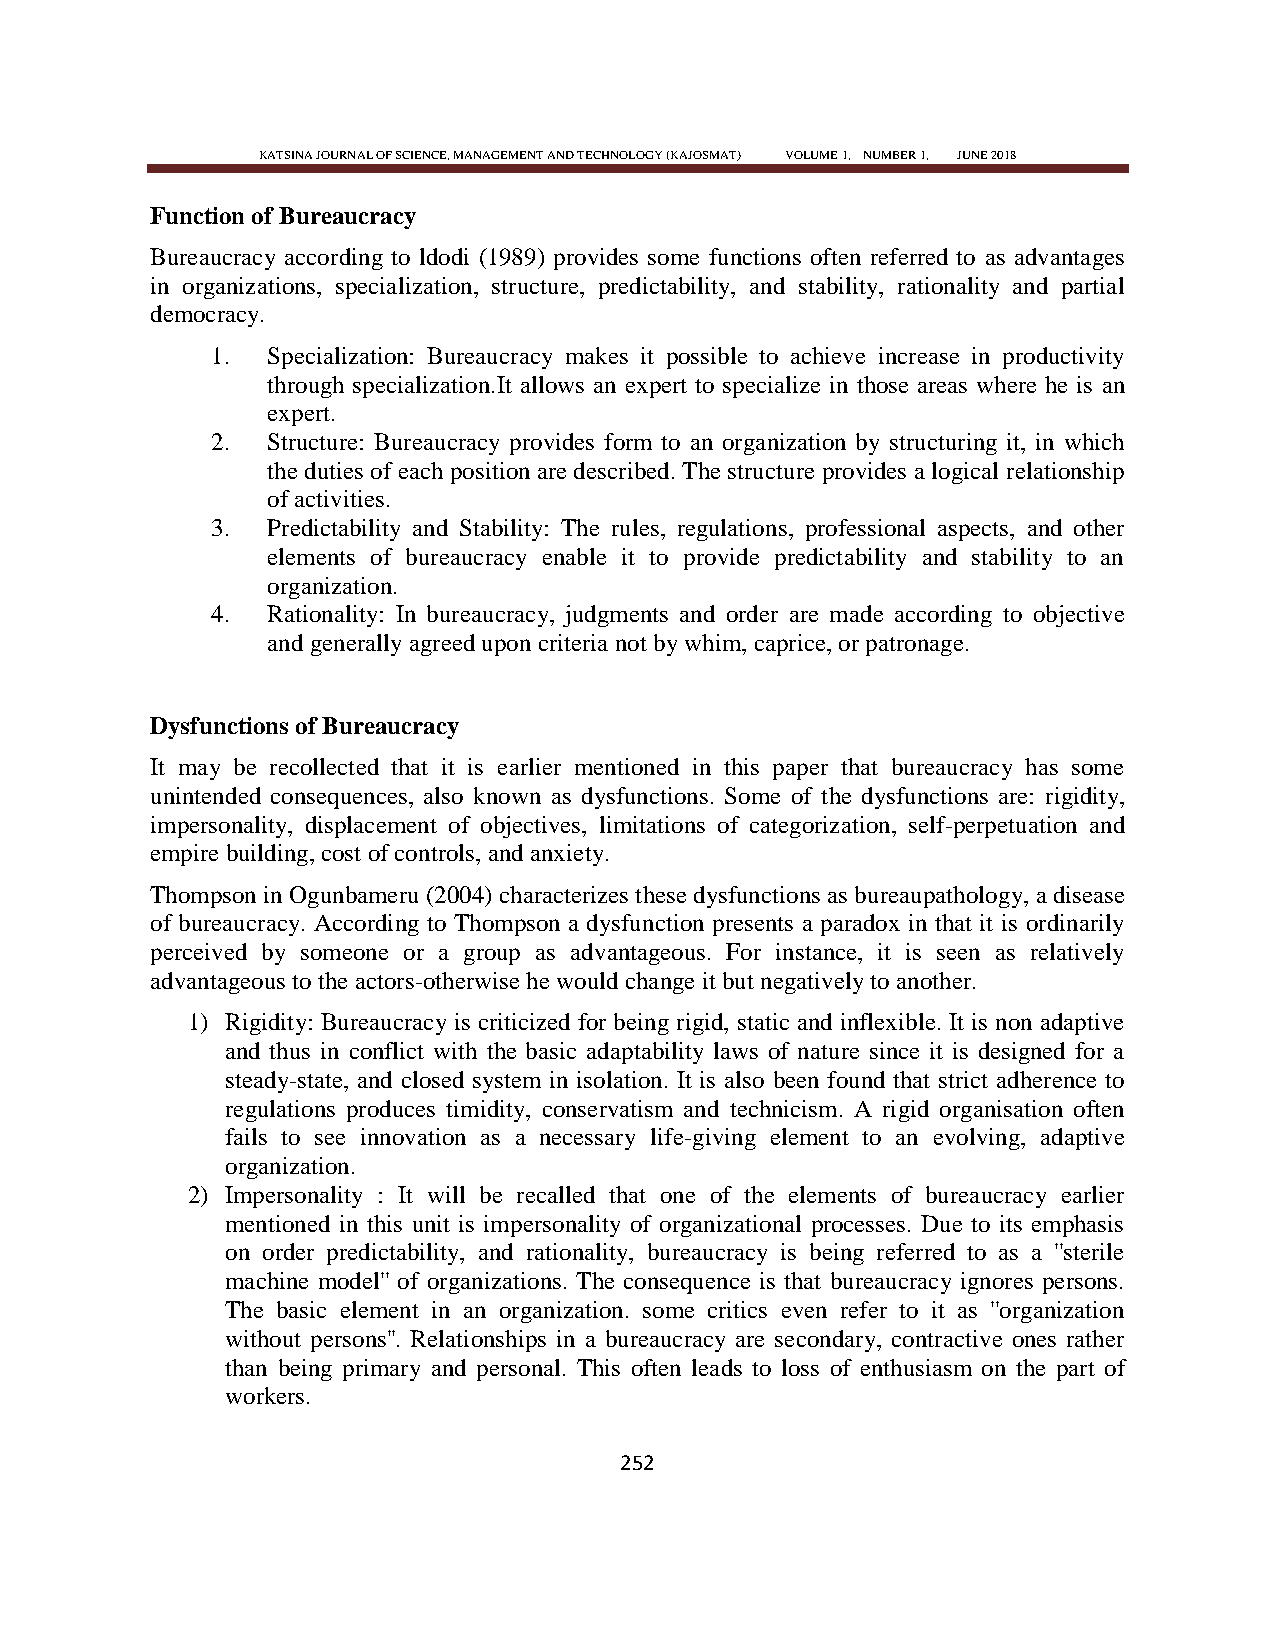
KATSINA JOURNAL OF SCIENCE, MANAGEMENT AND TECHNOLOGY (KAJOSMAT) VOLUME 1, NUMBER 1, JUNE 2018
 Function of Bureaucracy
 Bureaucracy according to ldodi (1989) provides some functions often referred to as advantages
 in organizations, specialization, structure, predictability, and stability, rationality and partial
 democracy.
 1.  Specialization: Bureaucracy makes it possible to achieve increase in productivity
 through specialization.It allows an expert to specialize in those areas where he is an
 expert.
 2.  Structure: Bureaucracy provides form to an organization by structuring it, in which
 the duties of each position are described. The structure provides a logical relationship
 of activities.
 3.  Predictability and Stability: The rules, regulations, professional aspects, and other
 elements of bureaucracy enable it to provide predictability and stability to an
 organization.
 4.  Rationality: In bureaucracy, judgments and order are made according to objective
 and generally agreed upon criteria not by whim, caprice, or patronage.
 Dysfunctions of Bureaucracy
 It may be recollected that it is earlier mentioned in this paper that bureaucracy has some
 unintended consequences, also known as dysfunctions. Some of the dysfunctions are: rigidity,
 impersonality, displacement of objectives, limitations of categorization, self-perpetuation and
 empire building, cost of controls, and anxiety.
 Thompson in Ogunbameru (2004) characterizes these dysfunctions as bureaupathology, a disease
 of bureaucracy. According to Thompson a dysfunction presents a paradox in that it is ordinarily
 perceived by someone or a group as advantageous. For instance, it is seen as relatively
 advantageous to the actors-otherwise he would change it but negatively to another.
 1) Rigidity: Bureaucracy is criticized for being rigid, static and inflexible. It is non adaptive
 and thus in conflict with the basic adaptability laws of nature since it is designed for a
 steady-state, and closed system in isolation. It is also been found that strict adherence to
 regulations produces timidity, conservatism and technicism. A rigid organisation often
 fails to see innovation as a necessary life-giving element to an evolving, adaptive
 organization.
 2) Impersonality : It will be recalled that one of the elements of bureaucracy earlier
 mentioned in this unit is impersonality of organizational processes. Due to its emphasis
 on order predictability, and rationality, bureaucracy is being referred to as a ''sterile
 machine model'' of organizations. The consequence is that bureaucracy ignores persons.
 The basic element in an organization. some critics even refer to it as ''organization
 without persons''. Relationships in a bureaucracy are secondary, contractive ones rather
 than being primary and personal. This often leads to loss of enthusiasm on the part of
 workers.
 252